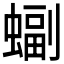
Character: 𫋖